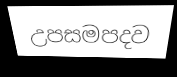
උපසමපදව